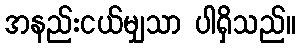
အနည်းငယ်မျှသာ ပါရှိသည်။